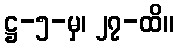
ဋ္ဌ-၅-မှ၊ ၂၇-ထိ။